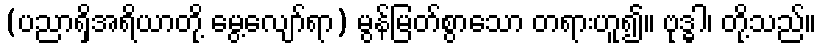
(ပညာရှိအရိယာတို့ မွေ့လျော်ရာ) မွန်မြတ်စွာသော တရားဟူ၍။ ဗုဒ္ဓါ၊ တို့သည်။